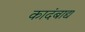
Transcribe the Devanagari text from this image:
कादंबाद्य